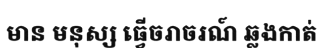
មាន មនុស្ស ធ្វើចរាចរណ៍ ឆ្លងកាត់